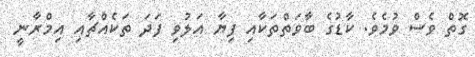
ގޮތް ވެސް ވުމެވެ. ކާޑުގެ ބާވަތްތަކާއި ފިޔާ އަލުވި ފަދަ ތަކެއްޗާއި އިމްރާނީ